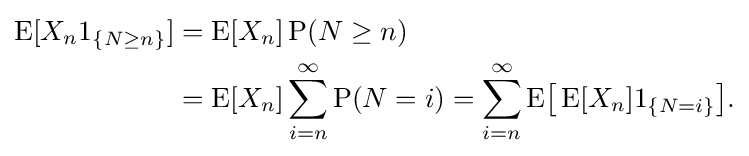
{\begin{aligned}\operatorname {E} [X_{n}1_{\{N\geq n\}}]&=\operatorname {E} [X_{n}]\operatorname {P} (N\geq n)\\&=\operatorname {E} [X_{n}]\sum _{i=n}^{\infty }\operatorname {P} (N=i)=\sum _{i=n}^{\infty }\operatorname {E} \!{\bigl [}\operatorname {E} [X_{n}]1_{\{N=i\}}{\bigr ]}.\end{aligned}}